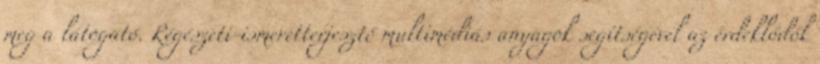
meg a látogató. Régészeti-ismeretterjesztő multimédiás anyagok segítségével az érdeklődők